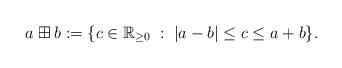
LaTeX: \begin{align*}a \boxplus b := \{ c \in {\mathbb R}_{\geq 0} \; : \; |a-b| \leq c \leq a+b \}.\end{align*}